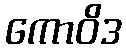
ကောဝိဒ